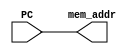
`define opWidth 6
`define regWidth 5
`define immWidth 16
`define valWidth 32
`define PCWidth 9

module fetchStageA(PC,mem_addr);
    input [`PCWidth-1:0] PC;
    output [`PCWidth-1:0] mem_addr;
    assign mem_addr = PC;
endmodule


module fetchStageB(PC,dout,nextPC,instructions);
    input [`PCWidth-1:0] PC;
    input [`valWidth-1:0] dout;
    output [`PCWidth-1:0] nextPC;
    assign nextPC = PC + 4;
    output [`valWidth-1:0] instructions;
    assign instructions = dout;
endmodule